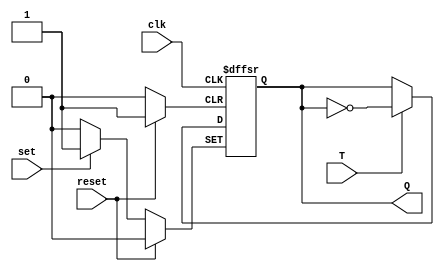
module TFF (
    input wire T, // T input for toggling
    input wire clk, // Clock input
    input wire set, // Asynchronous set input
    input wire reset, // Asynchronous reset input
    output reg Q // Output of the flip-flop
);

always @(posedge clk or posedge set or posedge reset)
begin
    if (set)
        Q <= 1'b1; // Force flip-flop into set state
    else if (reset)
        Q <= 1'b0; // Force flip-flop into reset state
    else if (T)
        Q <= ~Q; // Toggle output on positive edge of T input
end

endmodule